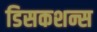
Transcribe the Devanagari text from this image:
डिसकशन्स